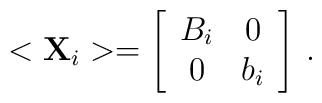
<{\bf X}_i> = \left[ \begin{array}{cc}B_i & 0 \\0 & b_i\end{array}\right] \,.